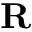
\mathbf { R }